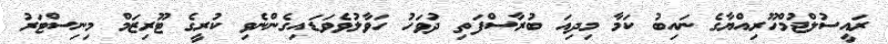
ރައީސުލްޖުމްހޫރިއްޔާގެ ނައިބު ކަމާ މިދިއަ ބުރާސްފަތި ދުވަހު ހަވާލުވެވަޑައިގެންނެވި ކުރީގެ ޓޫރިޒަމް މިނިސްޓަރު